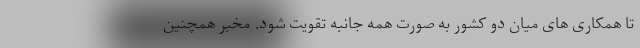
تا همکاری های میان دو کشور به صورت همه جانبه تقویت شود. مخبر همچنین